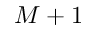
M + 1